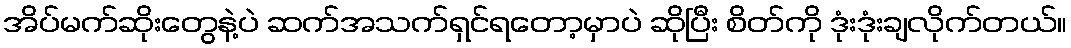
အိပ်မက်ဆိုးတွေနဲ့ပဲ ဆက်အသက်ရှင်ရတော့မှာပဲ ဆိုပြီး စိတ်ကို ဒုံးဒုံးချလိုက်တယ်။